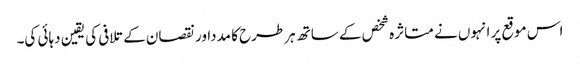
اس موقع پر انہوں نے متاثرہ شخص کے ساتھ ہرطرح کا مدداور نقصان کے تلافی کی یقین دہائی کی۔